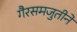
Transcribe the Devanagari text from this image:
गैरसमजुतीने